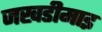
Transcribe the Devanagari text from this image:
जखडीमाइ